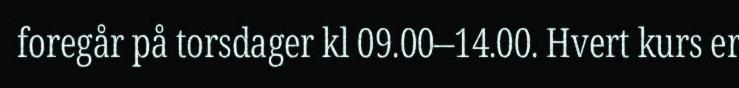
foregår på torsdager kl 09.00–14.00. Hvert kurs er